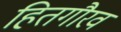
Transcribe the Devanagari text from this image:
हितगौरव